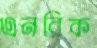
এনরিক